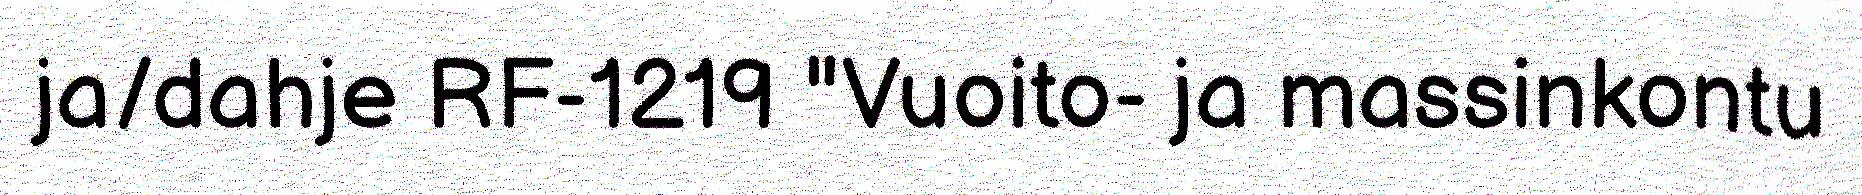
ja/dahje RF-1219 "Vuoito- ja massinkontu